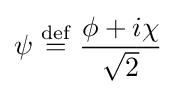
\psi \mathrel {\stackrel {\mathrm {def} }{=}} {\phi +i\chi  \over {\sqrt {2}}}